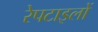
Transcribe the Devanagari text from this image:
रेपटाइलों